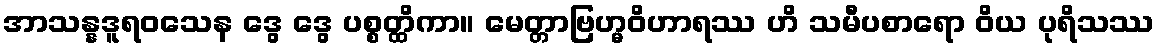
အာသန္နဒူရဝသေန ဒွေ ဒွေ ပစ္စတ္ထိကာ။ မေတ္တာဗြဟ္မဝိဟာရဿ ဟိ သမီပစာရော ဝိယ ပုရိသဿ